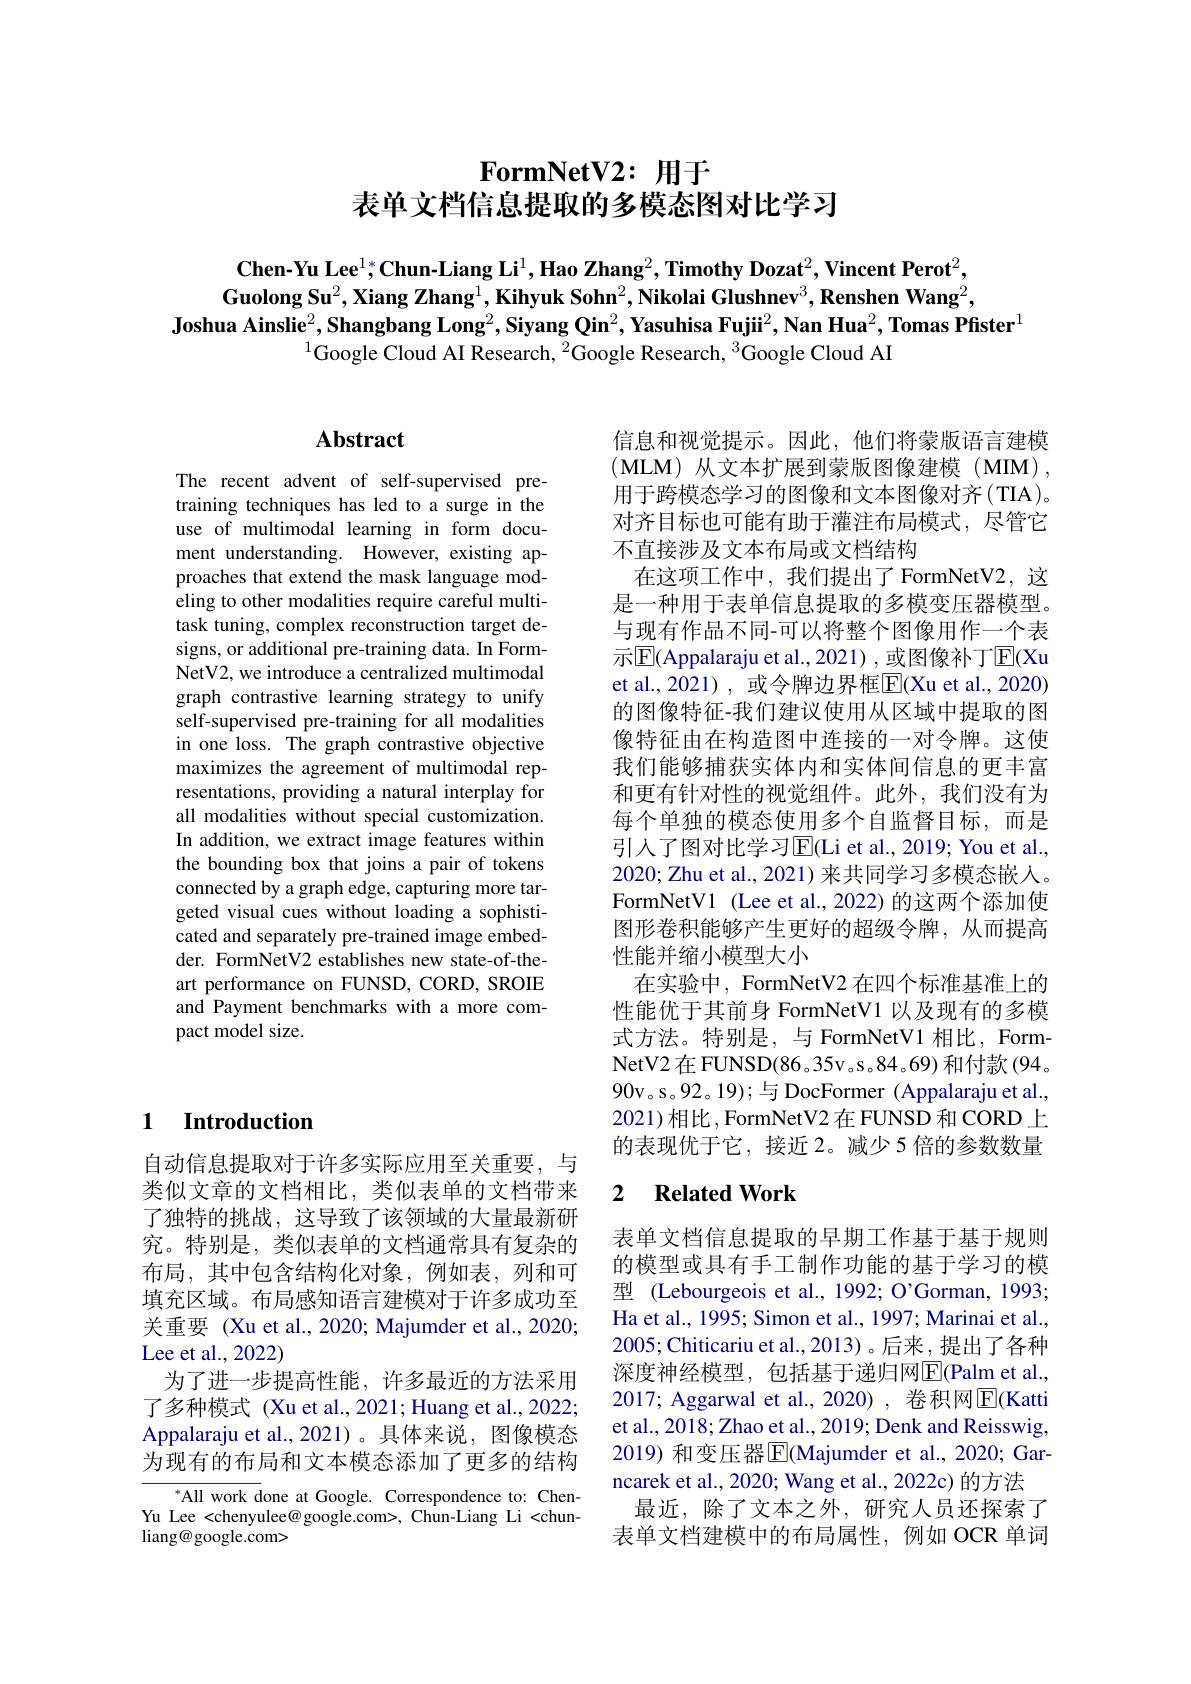
$\textbf{FormNetV2: 用 于 }$
表单文档信息提取的多模态图对比学习

$\textbf{Chen-Yu Lee}^{1*}$Chun-Liang Li$^1,\textbf{Hao Zhang}^2,\textbf{Timothy Dozat}^2,\textbf{Vincent Perot}^2$, Guolong Su$^2,\textbf{Xiang Zhang}^1,\textbf{Kihyuk Sohn}^2,\textbf{Nikolai Glushnev}^3,\textbf{Renshen Wang}^2$,
Joshua Ainslie$^2,\textbf{Shangbang Long}^2,\textbf{Siyang Qin}^2,\textbf{Yasuhisa Fujii}^2,\textbf{Nan Hua}^2,\textbf{Tomas Pfister}^1$
$^{1}$Google Cloud AI Research, $^2$Google Research, $^3$Google Cloud AI

### 1 Introduction

自动信息提取对于许多实际应用至关重要，与类似文章的文档相比，类似表单的文档带来了独特的挑战，这导致了该领域的大量最新研究。特别是，类似表单的文档通常具有复杂的布局，其中包含结构化对象，例如表，列和可填充区域。布局感知语言建模对于许多成功至关重要 (Xu et al., 2020; Majumder et al., 2020; Lee et al., 2022)
为了进一步提高性能，许多最近的方法采用了多种模式 (Xu et al., 2021; Huang et al., 2022; Appalaraju et al.,2021)。具体来说，图像模态为现有的布局和文本模态添加了更多的结构
All work done at Google. Correspondence to: ChenYu Lee <chenyulee@ google.com>, Chun-Liang Li <chun-

$\operatorname{liang@google.com>}$

### $\mathbf{Abstract}$

The recent advent of self-supervised pretraining techniques has led to a surge in the use of multimodal learning in form document understanding. However, existing approaches that extend the mask language modeling to other modalities require careful multitask tuning, complex reconstruction target designs, or additional pre-training data. In FormNetV2, we introduce a centralized multimodal graph contrastive learning strategy to unify self-supervised pre-training for all modalities in one loss. The graph contrastive objective maximizes the agreement of multimodal representations, providing a natural interplay for all modalities without special customization. In addition, we extract image features within the bounding box that joins a pair of tokens connected by a graph edge, capturing more targeted visual cues without loading a sophisticated and separately pre-trained image embedder. FormNetV2 establishes new state-of-theart performance on FUNSD, CORD, SROIE and Payment benchmarks with a more compact model size.

信息和视觉提示。因此，他们将蒙版语言建模(MLM)从文本扩展到蒙版图像建模(MIM), 用于跨模态学习的图像和文本图像对齐(TIA)。对齐目标也可能有助于灌注布局模式，尽管它不直接涉及文本布局或文档结构
在这项工作中，我们提出了FormNetV2，这是一种用于表单信息提取的多模变压器模型。与现有作品不同-可以将整个图像用作一个表示$\overline{\mathrm{E}}($Appalaraju et al.,2021),或图像补丁$\overline{\mathrm{E}}($Xu et al., 2021), 或令牌边界框$\overline{\mathrm{E}}($Xu et al., 2020) 的图像特征-我们建议使用从区域中提取的图像特征由在构造图中连接的一对令牌。这使我们能够捕获实体内和实体间信息的更丰富和更有针对性的视觉组件。此外，我们没有为每个单独的模态使用多个自监督目标，而是引人了图对比学习E$( Li et al. , 2019; You et al. , IAT= DF$ 2020; Zhu et al., 2021) 来共同学习多模态嵌入。FormNetV1 (Lee et al., 2022) 的这两个添加使图形卷积能够产生更好的超级令牌，从而提高性能并缩小模型大小
在实验中，FormNetV2 在四个标准基准上的性能优于其前身 FormNetV1 以及现有的多模式方法。特别是，与 FormNetV1 相比，FormNetV2在FUNSD(86。35v。s。84。69) 和付款(94。90v。s。92。19); 与 DocFormer ( Appalaraju et al., 2021)相比，FormNetV2在FUNSD和CORD上的表现优于它，接近 2。减少 5 倍的参数数量

### 2 $\textbf{Related Work}$

表单文档信息提取的早期工作基于基于规则的模型或具有手工制作功能的基于学习的模型 (Lebourgeois et al., 1992; O'Gorman, 1993; Ha et al., 1995; Simon et al., 1997; Marinai et al., 2005;Chiticariu et al., 2013)。后来，提出了各种深度神经模型，包括基于递归网$\overline{\mathrm{E}}($Palm et al. 2017; Aggarwal et al.,2020) , 卷积网$\overline{\mathrm{E}}$(Katti et al., 2018; Zhao et al., 2019; Denk and Reisswig, 2019) 和变压器$\overline{\mathrm{E}}($Majumder et al.,2020; Garncarek et al., 2020; Wang et al., 2022c) 的方法
最近，除了文本之外，研究人员还探索了表单文档建模中的布局属性，例如 OCR 单词